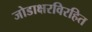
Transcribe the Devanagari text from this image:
जोडाक्षरविरहित